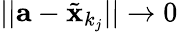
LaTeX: ||{\textbf{a}}-{\tilde{\textbf{x}}}_{k_{j}}||\to 0